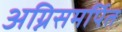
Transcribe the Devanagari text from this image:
अग्निसमर्पित